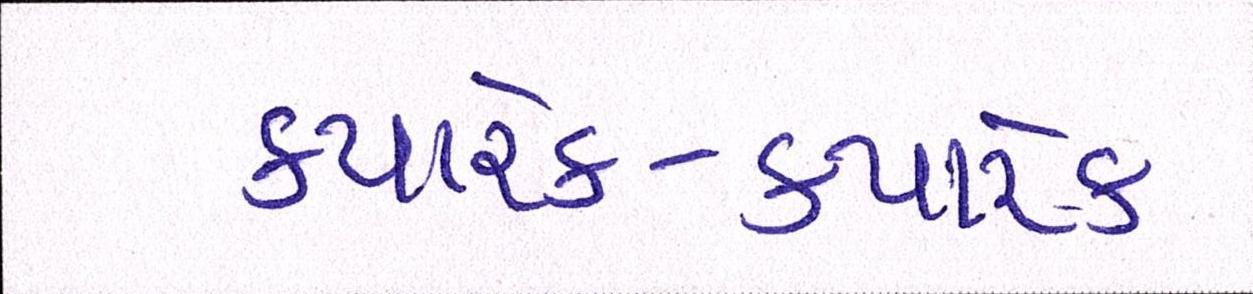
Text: ક્યારેક-ક્યારેક